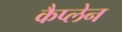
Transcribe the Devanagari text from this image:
कैप्लेन